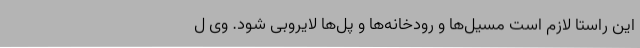
این راستا لازم است مسیل‌ها و رودخانه‌ها و پل‌ها لایروبی شود. وی ل